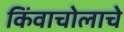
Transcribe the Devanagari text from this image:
किंवाचोलाचे